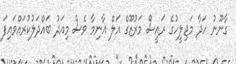
ގާނޫނު ހަދާ މަޖިލީހުގެ ރައީސް މަރުޒޫގް އަލް ޣާނިމާ ވެސް މިއަދު ބައްދަލުކުރައްވައިފަ